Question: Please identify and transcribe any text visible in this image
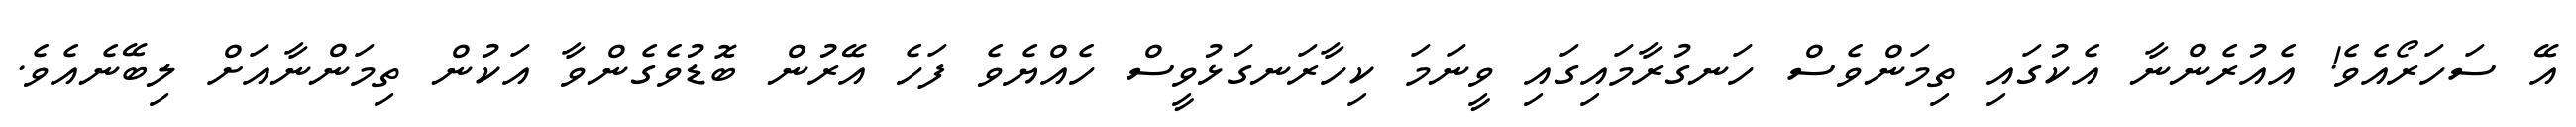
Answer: އޭ ސަހަރޯއެވެ! އެއުރެންނާ އެކުގައި ތިމަންވެސް ހަނގުރާމައިގައި ވީނަމަ ކިހާރަނގަޅުވީސް ހެއްޔެވެ ފަހެ އޭރުން ބޮޑުވެގެންވާ އަކުން ތިމަންނާއަށް ލިބޭނެއެވެ.